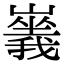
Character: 𡽥